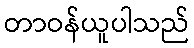
တာဝန်ယူပါသည်